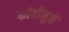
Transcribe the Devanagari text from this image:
कोंडीमुळे